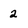
Character: 2